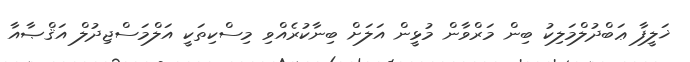
ޚަލީފާ ޢަބްދުލްމަލިކު ބިން މަރްވާން މުޅީން އަލަށް ބިނާކުރެއްވި މިސްކިތަކީ އަލްމަސްޖިދުލް އަޤްޞާއާ